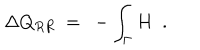
LaTeX: \Delta Q _ { R R } \ = \ - \int _ { \Gamma } H \ \ .